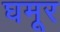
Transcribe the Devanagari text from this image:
घमूर